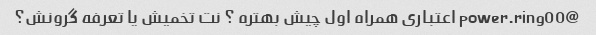
@power.ring00 اعتباری همراه اول چیش بهتره ؟ نت تخمیش یا تعرفه گرونش؟